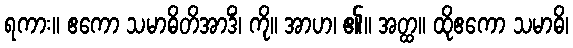
ရကား။ ဧကော သမာဓိတိအာဒိံ၊ ကို။ အာဟ၊ ၏။ အတ္ထ။ ထိုဧကော သမာဓိ၊